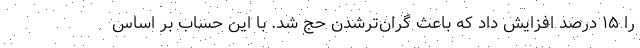
را ۱۵ درصد افزایش داد که باعث گران‌ترشدن حج شد. با این حساب بر اساس